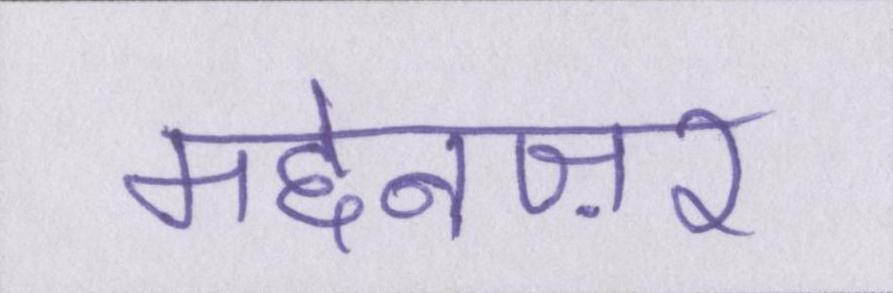
मद्देनज़र